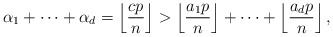
LaTeX: \begin{align*}\alpha_1 + \cdots + \alpha_d = \left \lfloor \frac{cp}{n} \right\rfloor >\left\lfloor \frac{a_1p}{n} \right\rfloor + \cdots + \left \lfloor \frac{a_dp}{n} \right\rfloor, \end{align*}